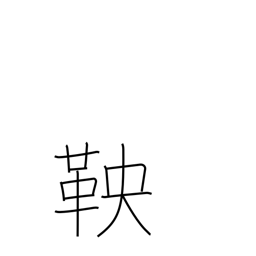
Meaning: shackle